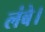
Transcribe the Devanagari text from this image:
लंबे।